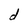
Character: d